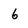
Character: 6